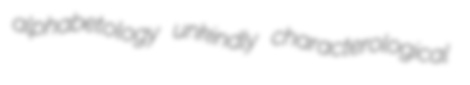
alphabetology unkindly characterological